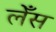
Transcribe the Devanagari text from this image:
लेँस